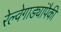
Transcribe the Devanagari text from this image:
रेल्वेगाड्यांपैकी